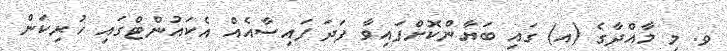
ވ. މި މާއްދާގެ (އ) ގައި ބަޔާންކޮށްފައިވާ ފަދަ ފައިސާއެއް އެކައުންޓްގައި ހުރިކަން